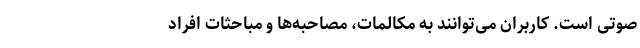
صوتی است. کاربران می‌توانند به مکالمات، مصاحبه‌ها و مباحثات افراد